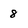
Character: 8